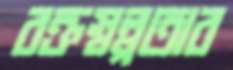
রক্তস্বল্পতার